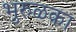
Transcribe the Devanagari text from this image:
भुरुळका